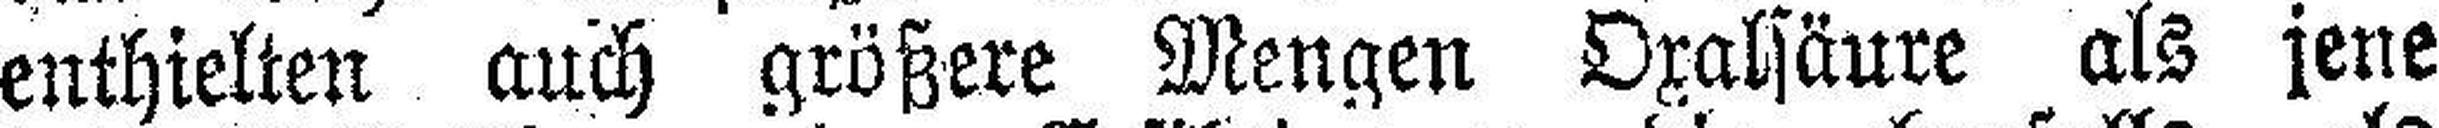
enthielten auch größere Mengen Oxalsäure als jene